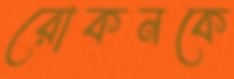
রোকনকে